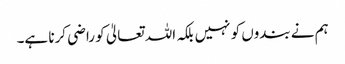
ہم نے بندوں کو نہیں بلکہ اللہ تعالیٰ کو راضی کرنا ہے۔